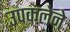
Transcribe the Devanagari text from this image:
उपकलेने